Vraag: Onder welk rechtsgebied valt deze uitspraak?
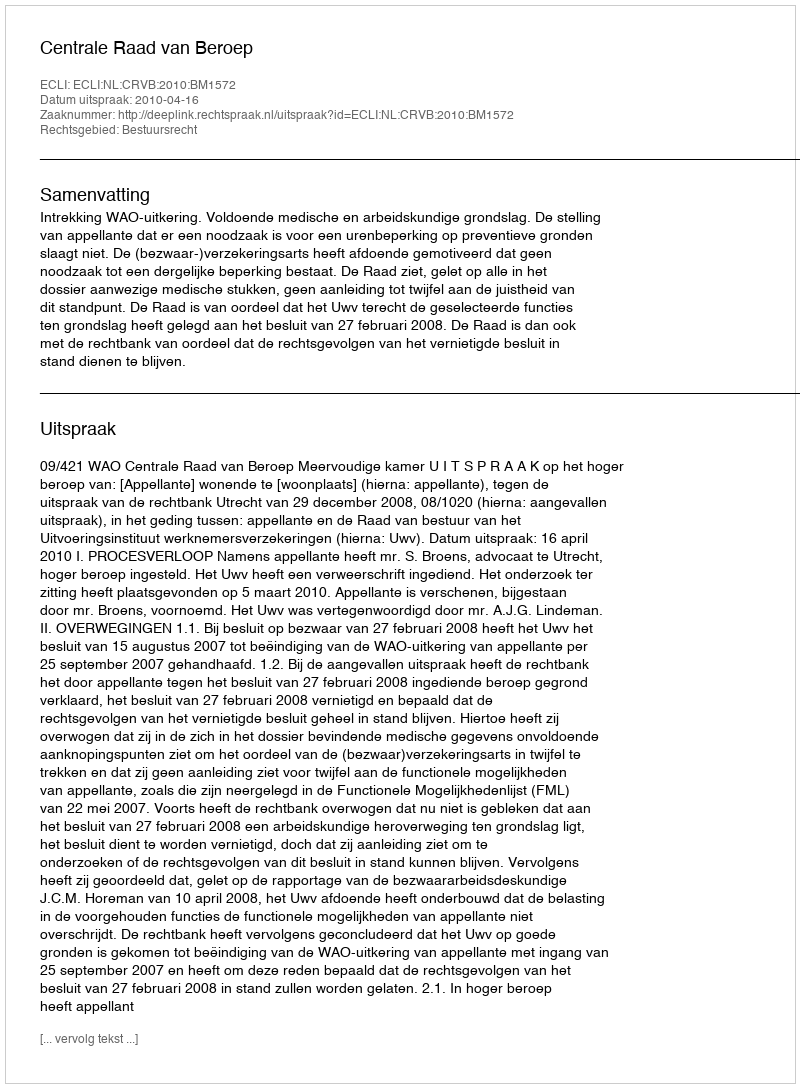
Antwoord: Bestuursrecht